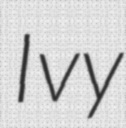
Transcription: Ivy